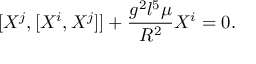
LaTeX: [ X ^ { j } , [ X ^ { i } , X ^ { j } ] ] + \frac { g ^ { 2 } l ^ { 5 } \mu } { R ^ { 2 } } X ^ { i } = 0 .